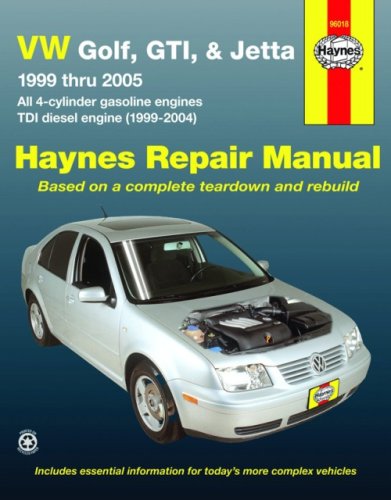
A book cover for VW Golf, GTI, & Jetta, '99 Thru '05, Automotive Repair Manual (all 4-cylinder gas engines; TDI diesel engine, 1999-2004); Jay Storer; Engineering & Transportation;